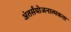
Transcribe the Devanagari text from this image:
अंतर्संयोजनात्मकता